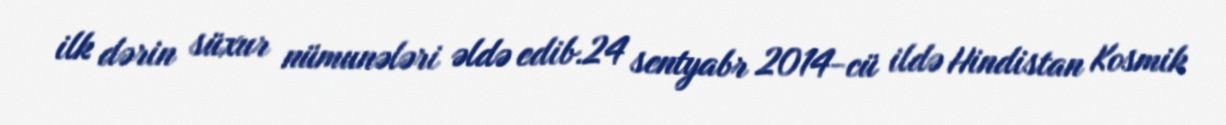
ilk dərin süxur nümunələri əldə edib.24 sentyabr 2014-cü ildə Hindistan Kosmik